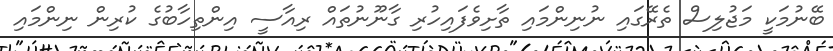
ބޭނުމަކީ މަޖުލިސް ތެރޭގައި ނުނިންމައި ތާށިވެފައިހުރި ގާނޫނުތައް ރިއާސީ އިންތިހާބުގެ ކުރިން ނިންމައި